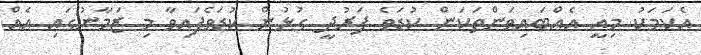
އެކަމަކު މިއީ އެއްބައިވަންތަކަން ކުޑަވެ ފަރުދީ ގުޅުން ކުޑަވެފައިވާ މި ޒަމާނުގައި އެއް